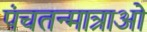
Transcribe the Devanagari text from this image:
पंचतन्मात्राओं